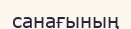
санағының